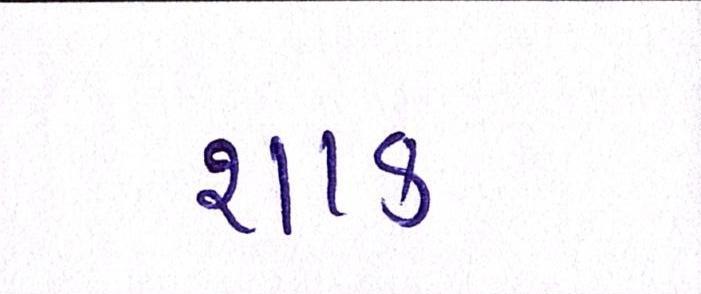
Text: શાક